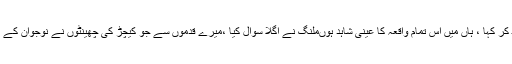
ایک نوجوان نے آگے بَڑھ کر کہا ، ہاں میں اِس تمام واقعہ کا عینی شاہد ہوںملنگ نے اَگلا سوال کیا ،میرے قدموں سے جو کیچڑ کی چھینٹوں نے نوجوان کے کپڑوں کو داغدار کیا تھا ؟